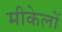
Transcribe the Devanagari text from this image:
मीकेलों